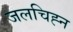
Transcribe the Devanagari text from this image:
जलचिह्न